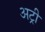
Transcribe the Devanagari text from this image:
अट्री